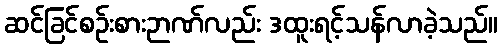
ဆင်ခြင်စဉ်းစားဉာဏ်လည်း ဒထူးရင့်သန်လာခဲ့သည်။